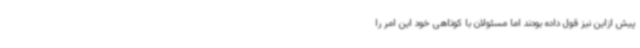
پیش ازاین نیز قول داده بودند اما مسئولان با کوتاهی خود این امر را